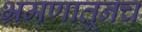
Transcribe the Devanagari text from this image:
भ्रमणातूनच